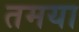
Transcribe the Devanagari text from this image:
तमया